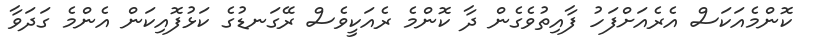
ކޮންމެއަކަސް އެރެއަށްފަހު ފާއިތުވެގެން ދާ ކޮންމެ ރެއަކީވެސް ރޭގަނޑުގެ ކަޅުފޮއިކަން އެންމެ ގަދަވާ